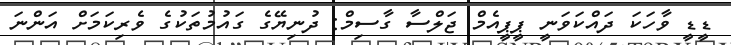
ޑީޑީ ވާހަކަ ދައްކަވަނީ ޕީޕީއެމް ޖަލްސާ ގާސިމް: ދުނިޔޭގެ ގައުމުތަކުގެ ވެރިކަމަށް އަންނަ